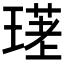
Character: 𤨛